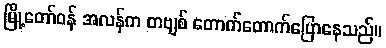
မြို့တော်ဝန် အလန်က တဗျစ် တောက်တောက်ပြောနေသည်။